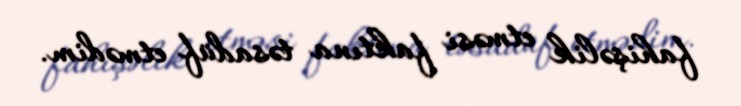
fahişəlik etməsi faktına təsadüf etmədim.